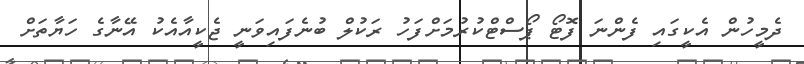
ދެމީހުން އެކީގައި ފެންނަ ފޮޓޯ ޕޯސްޓްކުރުމަށްފަހު ރަކުލް ބުނެފައިވަނީ ޖެކީއާއެކު އޭނާގެ ހަޔާތަށް